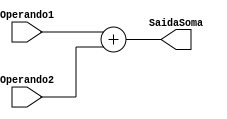
module ULA_Soma(
   input [7:0] Operando1,
   input signed [7:0] Operando2,
   output reg [7:0] SaidaSoma
);
    always@(*) 
        SaidaSoma = Operando1 + Operando2;

endmodule